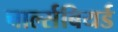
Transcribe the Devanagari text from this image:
चार्ल्सबियर्ड